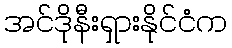
အင်ဒိုနီးရှားနိုင်ငံက